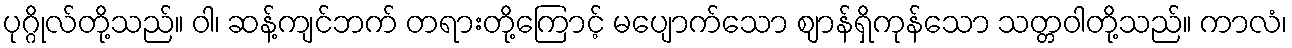
ပုဂ္ဂိုလ်တို့သည်။ ဝါ၊ ဆန့်ကျင်ဘက် တရားတို့ကြောင့် မပျောက်သော ဈာန်ရှိကုန်သော သတ္တဝါတို့သည်။ ကာလံ၊